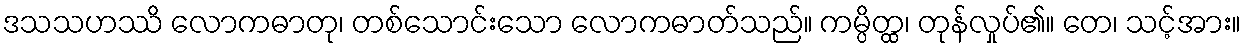
ဒသသဟဿိ လောကဓာတု၊ တစ်သောင်းသော လောကဓာတ်သည်။ ကမ္ပိတ္ထ၊ တုန်လှုပ်၏။ တေ၊ သင့်အား။